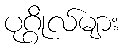
ပုဂ္ဂိုလ်များ